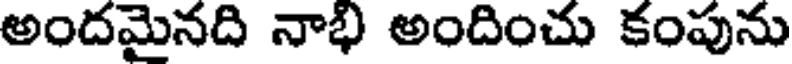
అందమైనది నాభి అందించు కంపును